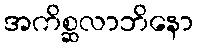
အကိစ္ဆလာဘိနော